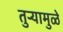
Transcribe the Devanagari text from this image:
तुर्‍यामुळे